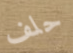
حلف